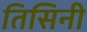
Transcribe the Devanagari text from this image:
तिसिनी